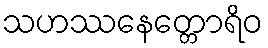
သဟဿနေတ္တောရိဝ